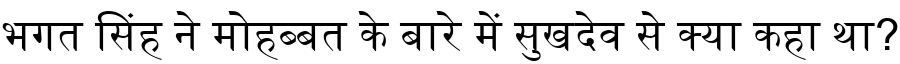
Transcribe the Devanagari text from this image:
भगत सिंह ने मोहब्बत के बारे में सुखदेव से क्या कहा था?